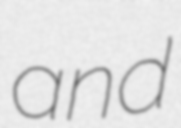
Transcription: and